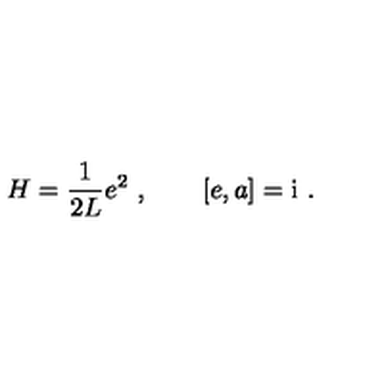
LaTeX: H = \frac { 1 } { 2 L } e ^ { 2 } \ , \qquad [ e , a ] = \mathrm { i } \ .